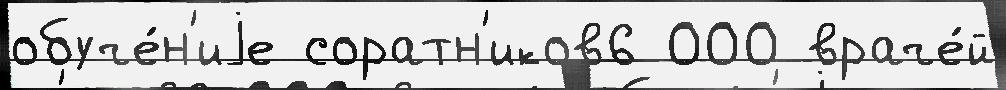
обуче́н'иjе соратн'иков6 000 враче́й